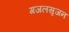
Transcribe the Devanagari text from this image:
गजलसृजन